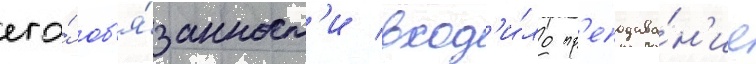
его́ об'я́занност'и вход'и́ло пр'еподава́н'ие